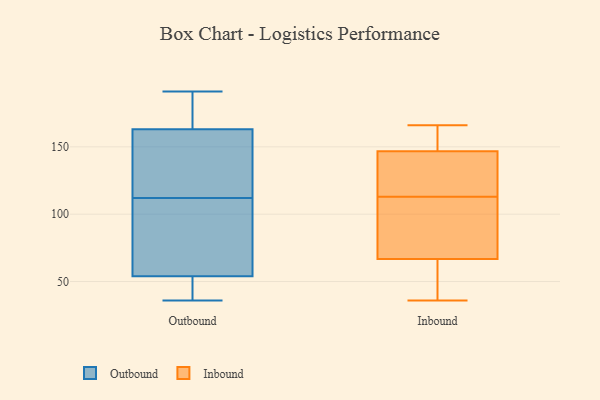
{"axis": {"x": "Waste Production (Tons)", "y": "Value"}, "legend": ["Inbound", "Outbound"], "data": [{"x": "", "y": 52, "type": "Outbound"}, {"x": "", "y": 191, "type": "Outbound"}, {"x": "", "y": 183, "type": "Outbound"}, {"x": "", "y": 77, "type": "Outbound"}, {"x": "", "y": 36, "type": "Outbound"}, {"x": "", "y": 47, "type": "Outbound"}, {"x": "", "y": 69, "type": "Outbound"}, {"x": "", "y": 120, "type": "Outbound"}, {"x": "", "y": 121, "type": "Outbound"}, {"x": "", "y": 181, "type": "Outbound"}, {"x": "", "y": 41, "type": "Outbound"}, {"x": "", "y": 148, "type": "Outbound"}, {"x": "", "y": 56, "type": "Outbound"}, {"x": "", "y": 130, "type": "Outbound"}, {"x": "", "y": 104, "type": "Outbound"}, {"x": "", "y": 91, "type": "Outbound"}, {"x": "", "y": 156, "type": "Outbound"}, {"x": "", "y": 51, "type": "Outbound"}, {"x": "", "y": 191, "type": "Outbound"}, {"x": "", "y": 170, "type": "Outbound"}, {"x": "", "y": 146, "type": "Inbound"}, {"x": "", "y": 113, "type": "Inbound"}, {"x": "", "y": 164, "type": "Inbound"}, {"x": "", "y": 166, "type": "Inbound"}, {"x": "", "y": 75, "type": "Inbound"}, {"x": "", "y": 57, "type": "Inbound"}, {"x": "", "y": 36, "type": "Inbound"}, {"x": "", "y": 138, "type": "Inbound"}, {"x": "", "y": 147, "type": "Inbound"}, {"x": "", "y": 85, "type": "Inbound"}, {"x": "", "y": 125, "type": "Inbound"}, {"x": "", "y": 64, "type": "Inbound"}, {"x": "", "y": 78, "type": "Inbound"}, {"x": "", "y": 151, "type": "Inbound"}, {"x": "", "y": 42, "type": "Inbound"}]}